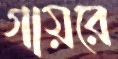
গায়রে